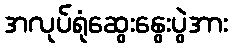
အလုပ်ရုံဆွေးနွေးပွဲအား